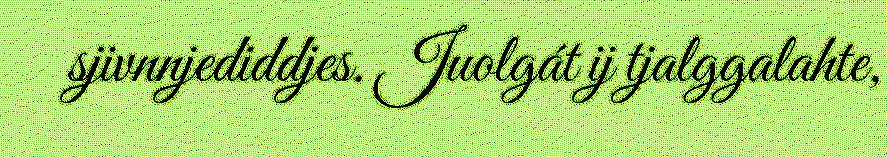
sjivnnjediddjes. Juolgát ij tjalggalahte,